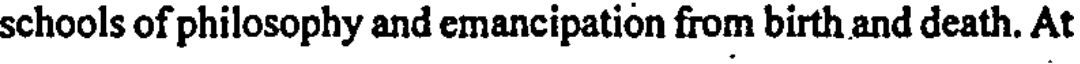
schools of philosophy and emancipation from birth and death. At